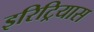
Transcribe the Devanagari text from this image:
इरिट्रियास